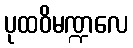
ပုထဝိမဏ္ဍလေ